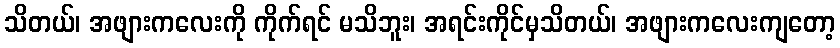
သိတယ်၊ အဖျားကလေးကို ကိုက်ရင် မသိဘူး၊ အရင်းကိုင်မှသိတယ်၊ အဖျားကလေးကျတော့